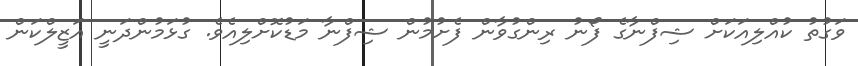
ވަގުތު ކުއްލިއަކަށް ޝިފްނާގެ ފޯނު ރިންގުވާން ފެށުމުން ޝިފްނާ މަޑުކޮށްލިއެވެ. ގުޅަމުންދަނީ އަޒީލްކަން